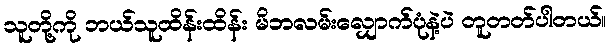
သူတို့ကို ဘယ်သူထိန်းထိန်း မိဘလမ်းလျှောက်ပုံနဲ့ပဲ တူတတ်ပါတယ်။